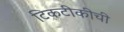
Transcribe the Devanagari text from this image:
टिकटीकीची